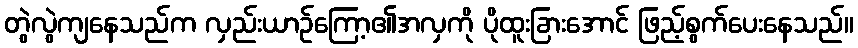
တွဲလွဲကျနေသည်က လှည်းယာဉ်ကြော့၏အလှကို ပိုထူးခြားအောင် ဖြည့်စွက်ပေးနေသည်။